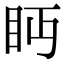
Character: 眄